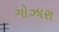
ગોઝારા